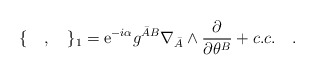
\begin{align*}\{\quad,\quad\}_1={\rm e}^{-i\alpha}{g^{{\bar A} B}}\nabla_{\bar A}\wedge\frac{\partial}{\partial\theta^B} +c.c.\quad.\end{align*}